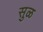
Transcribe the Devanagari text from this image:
सुळ